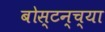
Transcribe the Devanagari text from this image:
बोस्टन्च्या